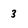
Character: 3